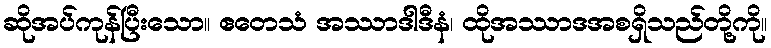
ဆိုအပ်ကုန်ပြီးသော။ ဧတေသံ အဿာဒါဒီနံ၊ ထိုအဿာဒအစရှိသည်တို့ကို။